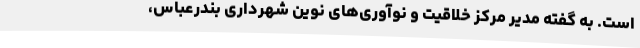
است. به گفته مدیر مرکز خلاقیت و نوآوری‌های نوین شهرداری بندرعباس،